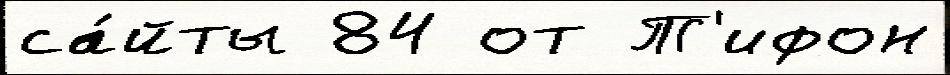
са́йты 84 от Т'ифон